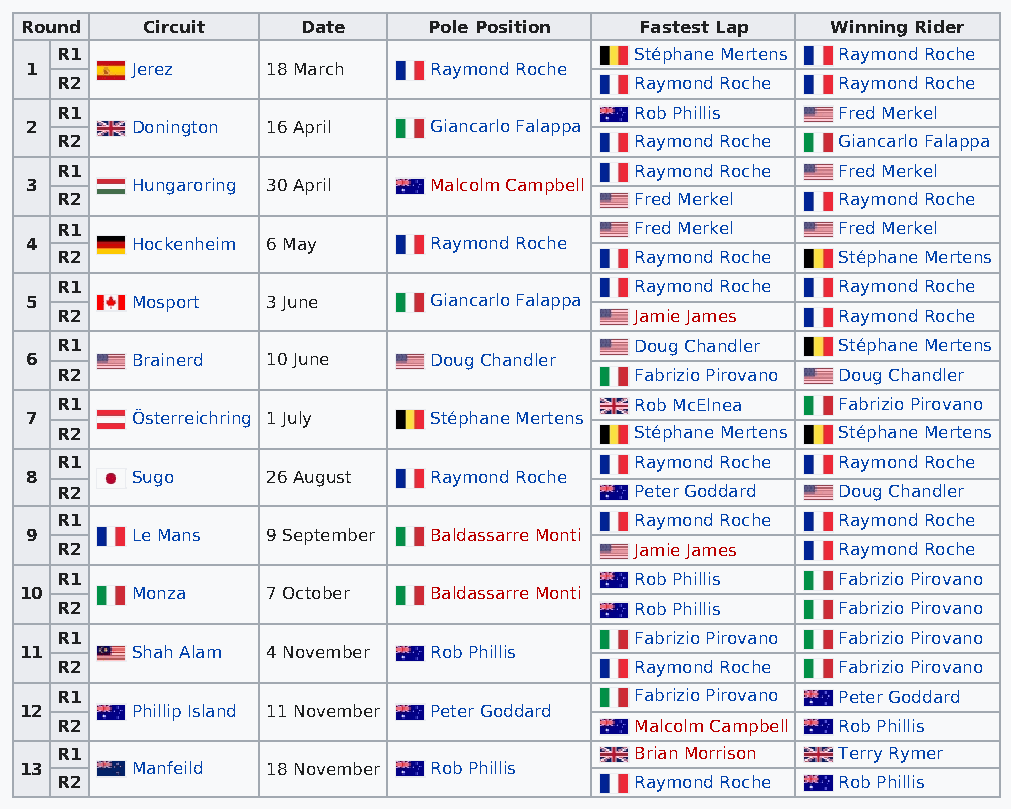
Round   Circuit    Date    Pole Position Fastest Lap  Winning Rider
 R1                                    Stéphane Mertens Raymond Roche
 1      Jerez    18 March  Raymond Roche
 R2                                    Raymond Roche Raymond Roche
 R1                                    Rob Phillis  Fred Merkel
 2      Donington 16 April Giancarlo Falappa
 R2                                    Raymond Roche Giancarlo Falappa
 R1                                    Raymond Roche Fred Merkel
 3      Hungaroring 30 April Malcolm Campbell
 R2                                    Fred Merkel  Raymond Roche
 R1                                    Fred Merkel  Fred Merkel
 4      Hockenheim 6 May   Raymond Roche
 R2                                    Raymond Roche Stéphane Mertens
 R1                                    Raymond Roche Raymond Roche
 5      Mosport  3 June    Giancarlo Falappa
 R2                                    Jamie James  Raymond Roche
 R1                                    Doug Chandler Stéphane Mertens
 6      Brainerd 10 June   Doug Chandler
 R2                                    Fabrizio Pirovano Doug Chandler
 R1                                    Rob McElnea  Fabrizio Pirovano
 7      Österreichring 1 July Stéphane Mertens
 R2                                    Stéphane Mertens Stéphane Mertens
 R1                                    Raymond Roche Raymond Roche
 8      Sugo     26 August Raymond Roche
 R2                                    Peter Goddard Doug Chandler
 R1                                    Raymond Roche Raymond Roche
 9      Le Mans  9 September Baldassarre Monti
 R2                                    Jamie James  Raymond Roche
 R1                                    Rob Phillis  Fabrizio Pirovano
 10      Monza    7 October Baldassarre Monti
 R2                                    Rob Phillis  Fabrizio Pirovano
 R1                                    Fabrizio Pirovano Fabrizio Pirovano
 11      Shah Alam 4 November Rob Phillis
 R2                                    Raymond Roche Fabrizio Pirovano
 R1                                    Fabrizio Pirovano Peter Goddard
 12      Phillip Island 11 November Peter Goddard
 R2                                    Malcolm Campbell Rob Phillis
 R1                                    Brian Morrison Terry Rymer
 13      Manfeild 18 November Rob Phillis
 R2                                    Raymond Roche Rob Phillis